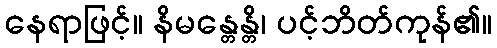
နေရာဖြင့်။ နိမန္တေန္တိ၊ ပင့်ဘိတ်ကုန်၏။